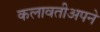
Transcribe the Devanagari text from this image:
कलावतीअपने